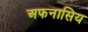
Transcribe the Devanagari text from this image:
अफनासिय